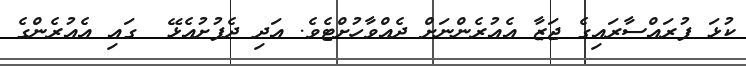
ކުޅަ ފުރައްސާރައިގެ ޖަޒާ އެއުރެންނަށް ދެއްވާހުށްޓެވެ. އަދި ދެފުށުއެޅޭ  ގައި އެއުރެންގެ